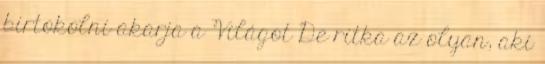
birtokolni akarja a Világot De ritka az olyan, aki